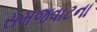
સમજવાટના